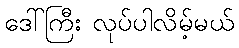
ဒေါ်ကြီး လုပ်ပါလိမ့်မယ်